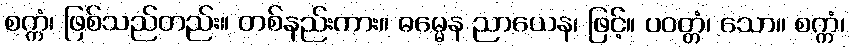
စက္ကံ၊ ဖြစ်သည်တည်း။ တစ်နည်းကား။ ဓမ္မေန ညာယေန၊ ဖြင့်။ ပဝတ္တံ၊ သော။ စက္ကံ၊